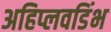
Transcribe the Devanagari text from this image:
अहिप्लवडिंभ